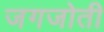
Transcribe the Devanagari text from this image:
जगजोती